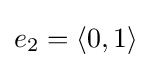
e_{2}=\langle 0,1\rangle